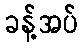
ခန့်အပ်